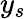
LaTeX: y_{s}